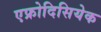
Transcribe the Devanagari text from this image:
एफ्रोदिसियेक